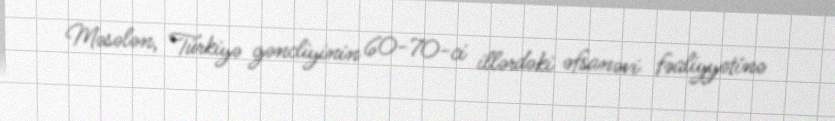
Məsələn, Türkiyə gəncliyinin 60-70-ci illərdəki əfsanəvi fəaliyyətinə